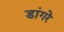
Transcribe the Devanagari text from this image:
डांगरे